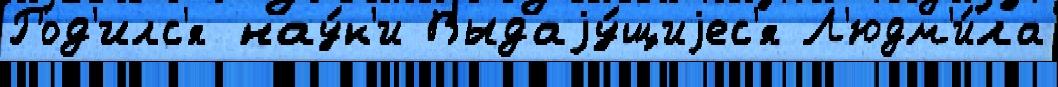
Род'илс'я нау́к'и Выдаjу́щиjес'я Л'юдм'и́ла